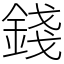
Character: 錢